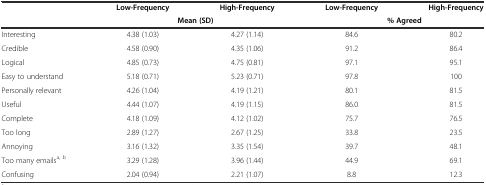
|  | Low-Frequency | High-Frequency | Low-Frequency | High-Frequency |
 |  | <COLSPAN=2> Mean (SD) | <COLSPAN=2> % Agreed |
 | --- | --- | --- | --- | --- |
 | Interesting | 4.38 (1.03) | 4.27 (1.14) | 84.6 | 80.2 |
 | Credible | 4.58 (0.90) | 4.35 (1.06) | 91.2 | 86.4 |
 | Logical | 4.85 (0.73) | 4.75 (0.81) | 97.1 | 95.1 |
 | Easy to understand | 5.18 (0.71) | 5.23 (0.71) | 97.8 | 100 |
 | Personally relevant | 4.26 (1.04) | 4.19 (1.21) | 80.1 | 81.5 |
 | Useful | 4.44 (1.07) | 4.19 (1.15) | 86.0 | 81.5 |
 | Complete | 4.18 (1.09) | 4.12 (1.02) | 75.7 | 76.5 |
 | Too long | 2.89 (1.27) | 2.67 (1.25) | 33.8 | 23.5 |
 | Annoying | 3.16 (1.32) | 3.35 (1.54) | 39.7 | 48.1 |
 | Too many emailsa, b | 3.29 (1.28) | 3.96 (1.44) | 44.9 | 69.1 |
 | Confusing | 2.04 (0.94) | 2.21 (1.07) | 8.8 | 12.3 |